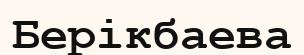
Берікбаева